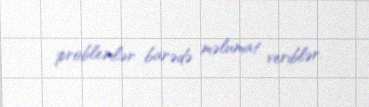
problemlər barədə məlumat veriblər.